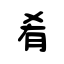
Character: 肴